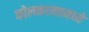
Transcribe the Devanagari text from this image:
कोलकात्यामध्ये